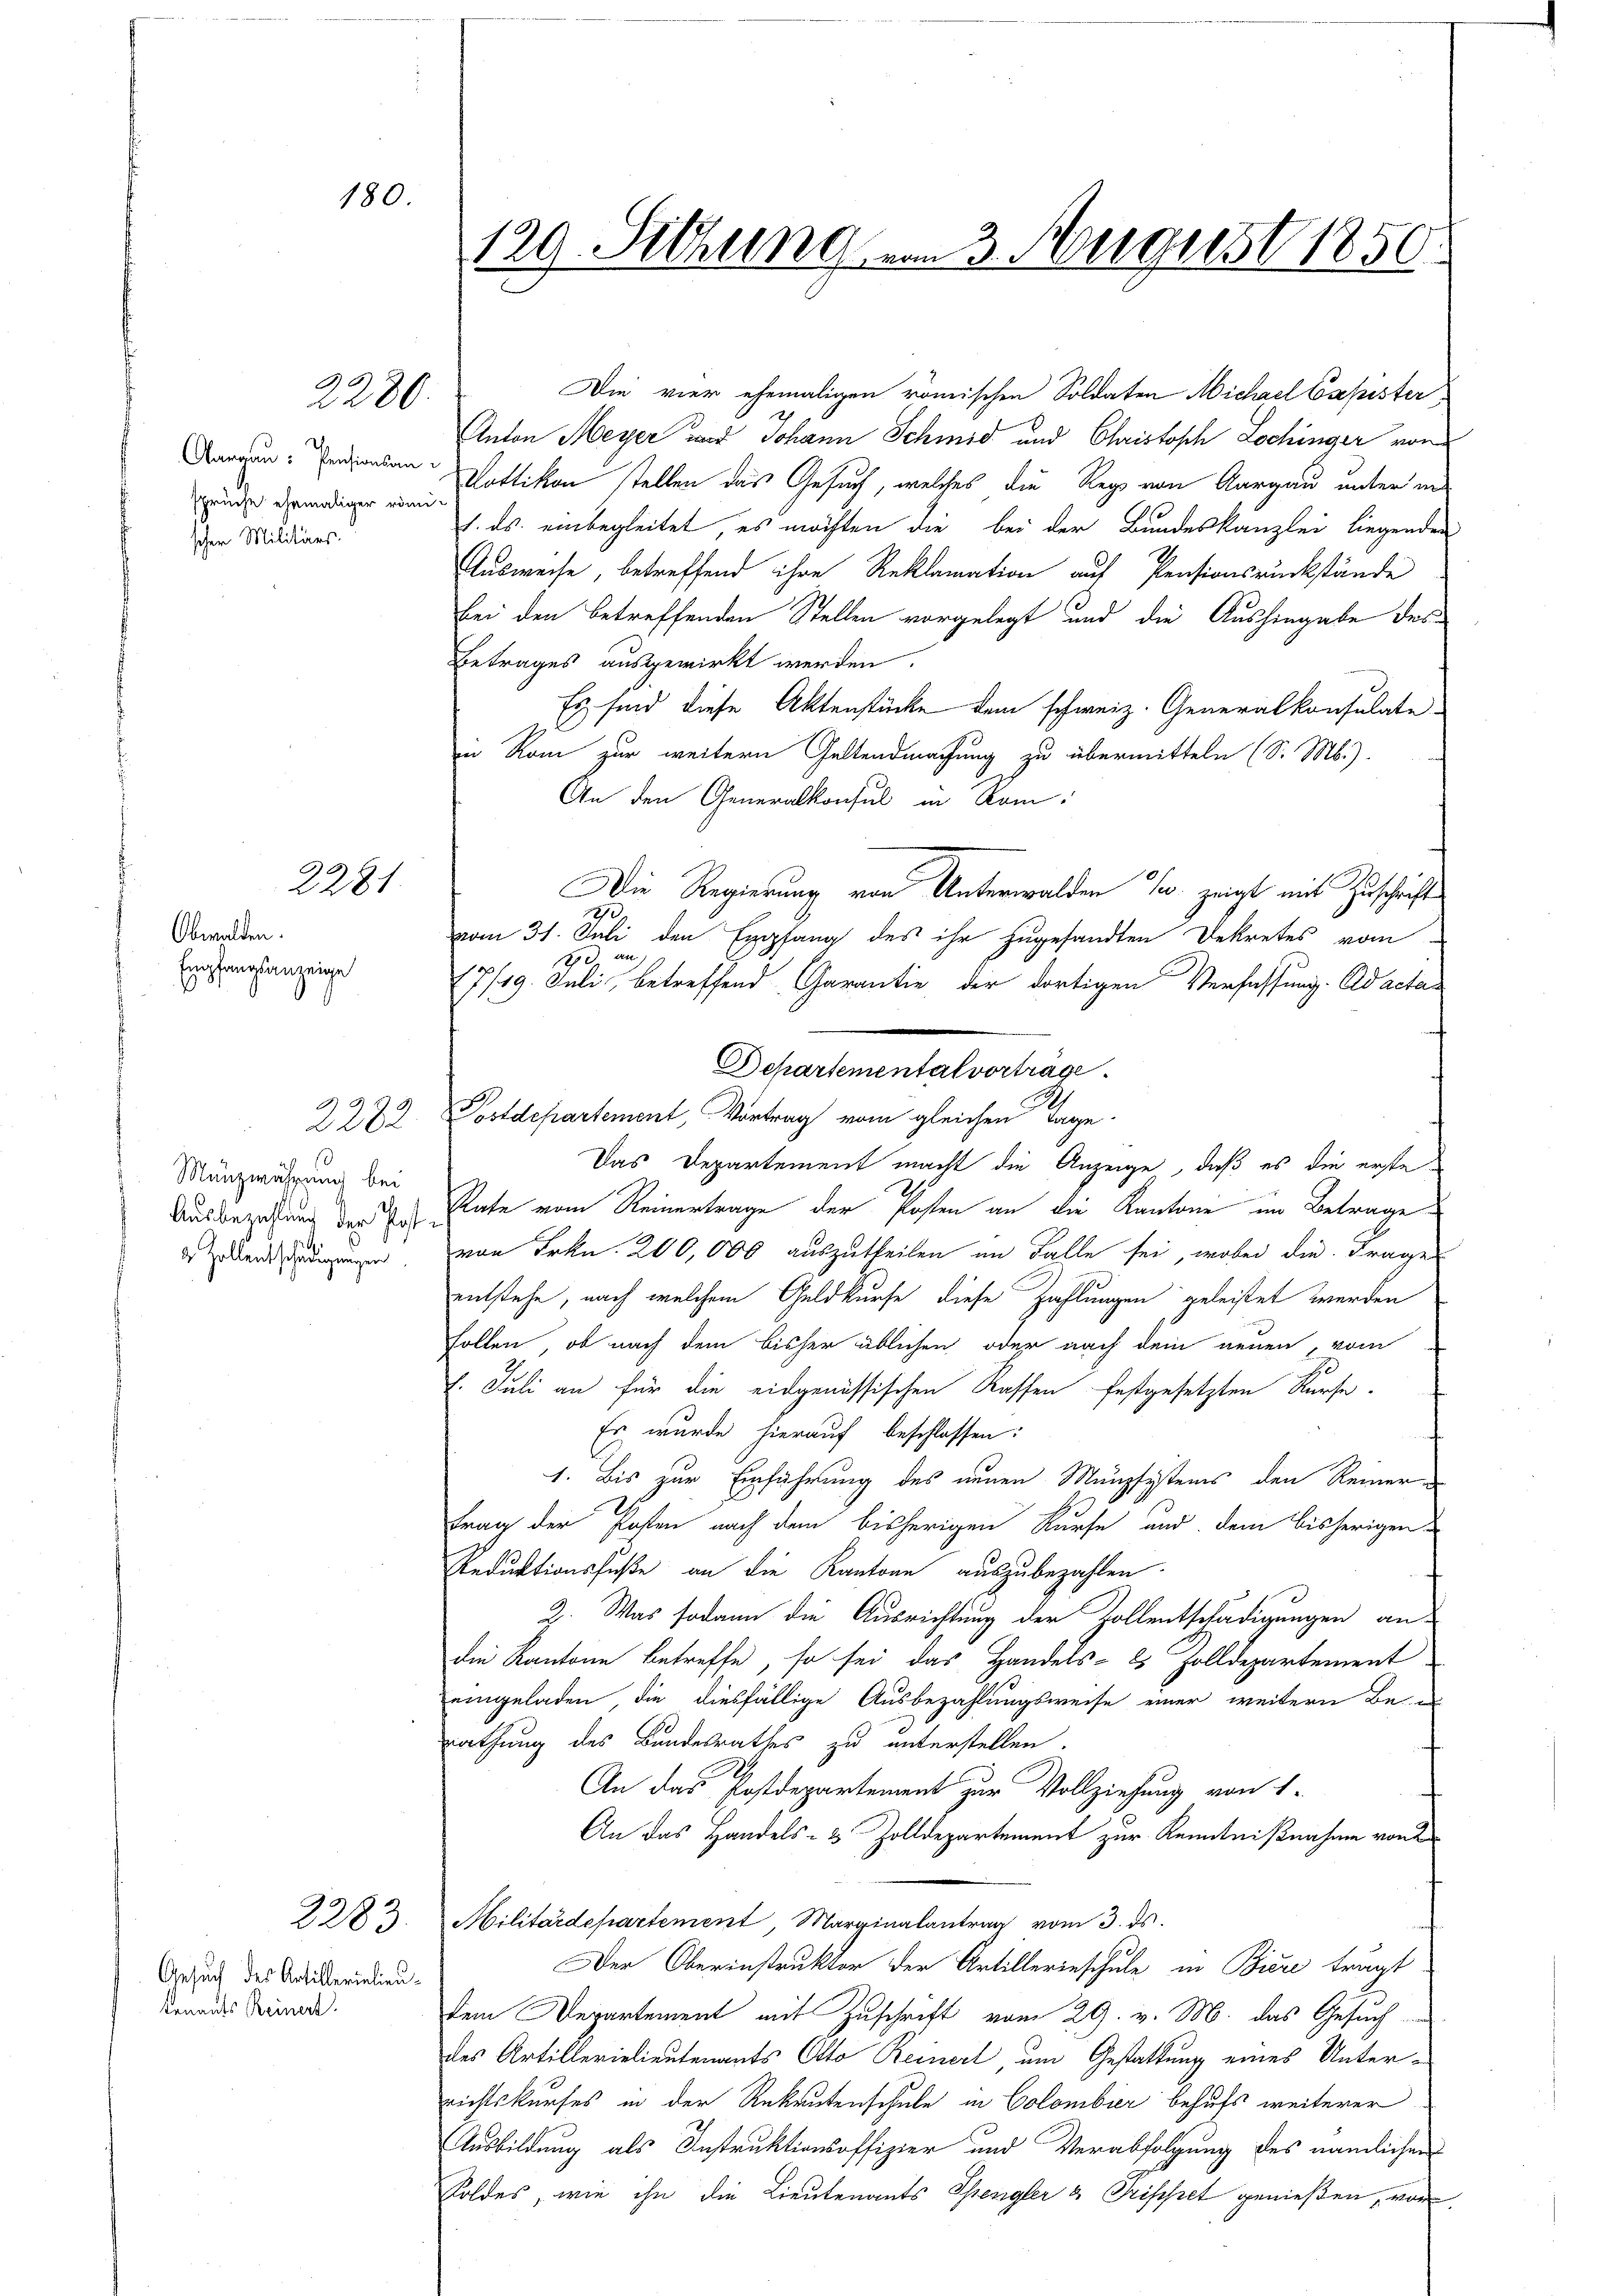
180.

sprüche ehemaliger römi-
scher Militärs.

Obwalden.
Empfangsanzeige

129. Setzung am 3. August 1850.

2280.

2281

Mänzwährung bei
Ausbezahlung der Post
2 Zollentschädigungen

Gesuch des Artillerielieukenants Reinert.

2283.

Die vier ehemaligen römischen Soldaten Michael Cspister
Anton Meyer wir Johann Schmid und Christosch Lochinger von
Dargen Pensionsan Pottikon stellen das Gesuch, welches die Regs von Aargau unter in
1. ds. einbegleitet, es möchten die bei der Bundeskanzlei liegenden
Ausweise, betreffend ihre Reklamation auf Pensionsrückstände
Bei den betreffenden Stellen vorgelegt und die Aushingabe des
Betrages ausgewirkt werden.
Es sind diese Aktenstücke dem schweiz. Generalkonsulate
in Rom zur weitern Geltendmachung zu übermitteln (S. Mb.).
An den Generalkonsul in Rom
Die Regierung von Unterwalden T. zeigt mit Zuschrift
1870
vom 31. Juli den Empfang des ihr zugesandten Dekretes vom
d an,
17/19. Juli betreffend Garantie, der dortigen Verfassung. Ad acta
2282. Postdepartement, Vortrag vom gleichen Tage.
Das Departement macht die Anzeige, daß es die erste
Rate vom Reinertrage der Posten an die Kantone im Betrage
ad
von Frkn. 200,000 auszutheilen im Falle sei, wobei die Frages
entstehe, nach welchem Geldkurfe diese Zahlungen geleistet werden
sollen, ob nach dem bisher üblichen oder nach dem neuen vom
E. Juli an für die eidgenössischen Rassen festgesetzten Kurse-
Es wurde hierauf beschlossen:
1. Bis zur Einführung des neuen Münzsystems den Reiner
Frag der Posten nach dem bisherigen Kurse und dem bisherigen
Reduktionsfuße an die Kantone auszubezahlen.
2. Was sodann die Ausrichtung der Zollentschädigungen an-
die Kantone Betreffe, so sei das Handels- 2 Zolldepartement
eingeladen, die diesfällige Ausbezahlungsweise einer weitern Be-
rathung des Bundesrathes zu unterstellen.
An das Postdepartement zur Vollziehung von 1.
An das Handels- & Zolldepartement zur Kenntnißnahme von
Militärdepartement, Marginalantrag vom 3. ds.
Der Oberinstruktor der Artillerieschule in Biere trägt
dem Departement mit Zuschrift vom 29. v. M. das Gesuchdes Artillerielieutenants Otto Reinerl um Gestattung eines Unterrichtskurfes in der Rekrutenschule in Colombier behufs weiterer
Ausbildung als Instruktionsoffizier und Verabfolgung des nämlichen
Foldes, wie ihn die Lieutenants Spengler & Grisisset genießen, von

Departemental vorträge